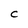
Character: C